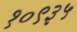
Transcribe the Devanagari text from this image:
१०९३५